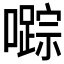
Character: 𱕙